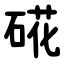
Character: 硴